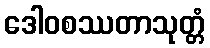
ဒေါဝစဿတာသုတ္တံ